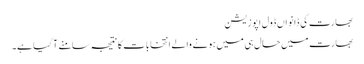
بھارت کی ڈانواں ڈول اپوزیشن
بھارت میں حال ہی میں ہونے والے انتخابات کا نتیجہ سامنے آ گیا ہے۔